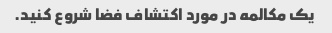
یک مکالمه در مورد اکتشاف فضا شروع کنید.